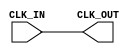
module ClockBuffer (
    input wire CLK_IN,        // Input clock signal
    output wire CLK_OUT       // Buffered output clock signal
);

    // Buffer implementation using a simple inverter for demonstration.
    // In a real implementation, device-specific buffer primitives or
    // user-defined primitives would be used to achieve the desired drive strength.

    // Use a local parameter for propagation delay, if needed
    localparam TIME_DELAY = 1; // You can set this value based on synthesis tools

    // Assign the buffered clock output
    assign #(TIME_DELAY) CLK_OUT = CLK_IN;

endmodule